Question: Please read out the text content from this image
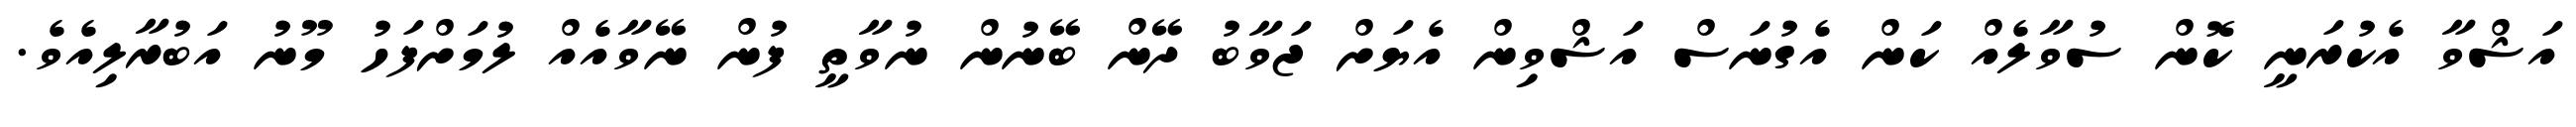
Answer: އަޝްވާ އެކުރަނީ ކޮން ސުވާލެއް ކަން އެގުނަސް އަޝްވިން އެޔަށް ޖަވާބު ދޭން ބޭނުން ނުވާތީ ފުން ނޭވާއެއް ލުމަށްފަހު މޫނު އަބުރާލިއެވެ.